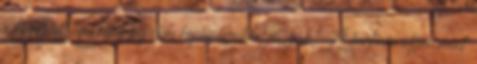
a kiosztott lapokból legjobb képességeikkel játszák." A farkam olyan,mint